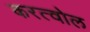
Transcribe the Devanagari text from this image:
करत्वोल